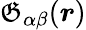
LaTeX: \mathfrak{G}_{\alpha\beta}(\boldsymbol{r})